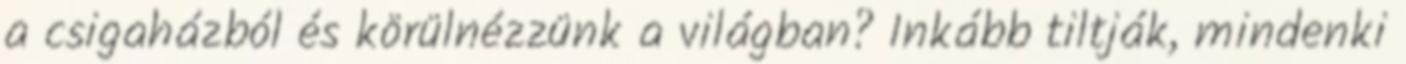
a csigaházból és körülnézzünk a világban? Inkább tiltják, mindenki